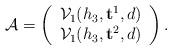
LaTeX: \begin{align*}\mathcal A=\left (\begin{array}{c} \mathcal V_1(h_3, \mathbf t^1, d) \\\mathcal V_1(h_3, \mathbf t^2, d) \end{array}\right).\end{align*}